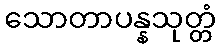
သောတာပန္နသုတ္တံ